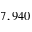
7 , 9 4 0